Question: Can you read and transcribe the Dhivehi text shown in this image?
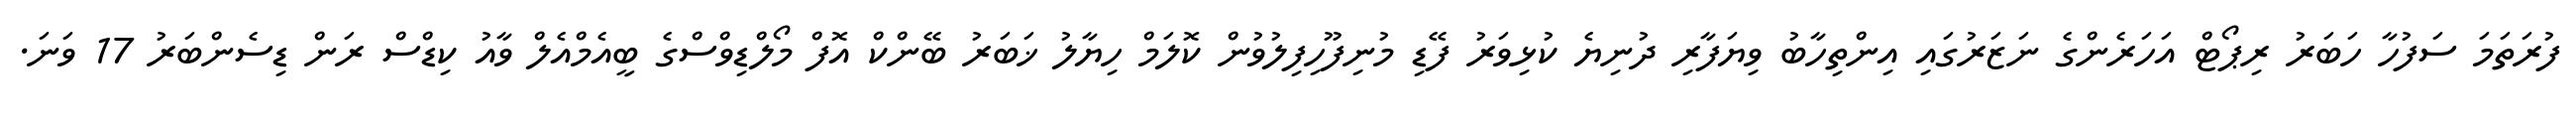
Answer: ފުރަތަމަ ސަފުހާ ހަބަރު ރިޕޯޓް އަހަރެންގެ ނަޒަރުގައި އިންތިހާބު ވިޔަފާރި ދުނިޔެ ކުޅިވަރު ފޭޑި މުނިފޫހިފިލުވުން ކޮލަމް ހިޔާލު ޚަބަރު ބޭންކް އޮފް މޯލްޑިވްސްގެ ބީއެމްއެލް ވާއު ކިޑްސް ރަން ޑިސެންބަރު 17 ވަނަ.